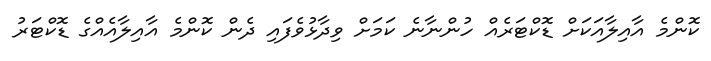
ކޮންމެ އާއިލާއަކަށް ޑޮކްޓަރެއް ހުންނާނެ ކަމަށް ވިދާޅުވެފައި ދެން ކޮންމެ އާއިލާއެއްގެ ޑޮކްޓަރު